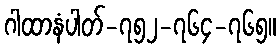
ဂါထာနံပါတ်-၇၅၂-၇၆၄-၇၆၅။